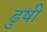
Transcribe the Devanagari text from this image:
ढुषी